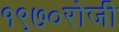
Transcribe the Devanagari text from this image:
१९७०रोजीे